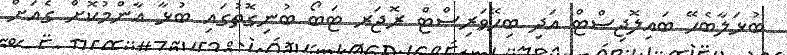
ބުޅަލާބެހޭ ބައިލޮޖިސްޓް އަދި ބިހޭވަރިސްޓް ރޮޖަރ ޓަބޯ ބުނިގޮތުގައި ބުޅާ އާންމުކޮށް ގެއަށް